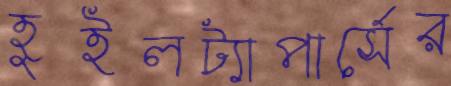
হুইলট্যাপার্সের